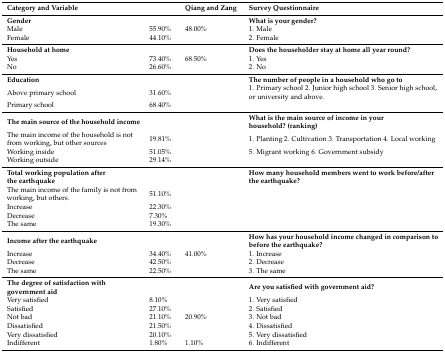
<table><thead><tr><td><b>Category and Variable</b></td><td>[EMPTY_CELL]</td><td><b>Qiang and Zang</b></td><td><b>Survey Questionnaire</b></td></tr></thead><tbody><tr><td><b>Gender</b></td><td>[EMPTY_CELL]</td><td>[EMPTY_CELL]</td><td><b>What is your gender?</b></td></tr><tr><td>Male</td><td>55.90%</td><td>48.00%</td><td>1. Male</td></tr><tr><td>Female</td><td>44.10%</td><td>[EMPTY_CELL]</td><td>2. Female</td></tr><tr><td><b>Household at home</b></td><td>[EMPTY_CELL]</td><td>[EMPTY_CELL]</td><td><b>Does the householder stay at home all year round?</b></td></tr><tr><td>Yes</td><td>73.40%</td><td>68.50%</td><td>1. Yes</td></tr><tr><td>No</td><td>26.60%</td><td>[EMPTY_CELL]</td><td>2. No</td></tr><tr><td><b>Education</b></td><td>[EMPTY_CELL]</td><td>[EMPTY_CELL]</td><td><b>The number of people in a household who go to</b></td></tr><tr><td>Above primary school</td><td>31.60%</td><td>[EMPTY_CELL]</td><td>1. Primary school 2. Junior high school 3. Senior high school, or university and above.</td></tr><tr><td>Primary school</td><td>68.40%</td><td>[EMPTY_CELL]</td><td>[EMPTY_CELL]</td></tr><tr><td><b>The main source of the household income</b></td><td>[EMPTY_CELL]</td><td>[EMPTY_CELL]</td><td><b>What is the main source of income in your household? (ranking)</b></td></tr><tr><td>The main income of the household is not from working, but other sources</td><td>19.81%</td><td>[EMPTY_CELL]</td><td>1. Planting 2. Cultivation 3. Transportation 4. Local working</td></tr><tr><td>Working inside</td><td>51.05%</td><td>[EMPTY_CELL]</td><td>5. Migrant working 6. Government subsidy</td></tr><tr><td>Working outside</td><td>29.14%</td><td>[EMPTY_CELL]</td><td>[EMPTY_CELL]</td></tr><tr><td><b>Total working population after the earthquake</b></td><td>[EMPTY_CELL]</td><td>[EMPTY_CELL]</td><td><b>How many household members went to work before/after the earthquake?</b></td></tr><tr><td>The main income of the family is not from working, but others.</td><td>51.10%</td><td>[EMPTY_CELL]</td><td>[EMPTY_CELL]</td></tr><tr><td>Increase</td><td>22.30%</td><td>[EMPTY_CELL]</td><td>[EMPTY_CELL]</td></tr><tr><td>Decrease</td><td>7.30%</td><td>[EMPTY_CELL]</td><td>[EMPTY_CELL]</td></tr><tr><td>The same </td><td>19.30%</td><td>[EMPTY_CELL]</td><td>[EMPTY_CELL]</td></tr><tr><td><b>Income after the earthquake</b></td><td>[EMPTY_CELL]</td><td>[EMPTY_CELL]</td><td><b>How has your household income changed in comparison to before the earthquake?</b></td></tr><tr><td>Increase</td><td>34.40%</td><td>41.00%</td><td>1. Increase</td></tr><tr><td>Decrease</td><td>42.50%</td><td>[EMPTY_CELL]</td><td>2. Decrease</td></tr><tr><td>The same </td><td>22.50%</td><td>[EMPTY_CELL]</td><td>3. The same</td></tr><tr><td><b>The degree of satisfaction with government aid</b></td><td>[EMPTY_CELL]</td><td>[EMPTY_CELL]</td><td><b>Are you satisfied with government aid?</b></td></tr><tr><td>Very satisfied</td><td>8.10%</td><td>[EMPTY_CELL]</td><td>1. Very satisfied</td></tr><tr><td>Satisfied</td><td>27.10%</td><td>[EMPTY_CELL]</td><td>2. Satisfied</td></tr><tr><td>Not bad</td><td>21.10%</td><td>20.90%</td><td>3. Not bad</td></tr><tr><td>Dissatisfied</td><td>21.50%</td><td>[EMPTY_CELL]</td><td>4. Dissatisfied</td></tr><tr><td>Very dissatisfied</td><td>20.10%</td><td>[EMPTY_CELL]</td><td>5. Very dissatisfied</td></tr><tr><td>Indifferent</td><td>1.80%</td><td>1.10%</td><td>6. Indifferent</td></tr></tbody></table>